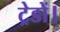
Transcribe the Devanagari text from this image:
ट्रेडों।